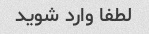
لطفا وارد شوید